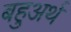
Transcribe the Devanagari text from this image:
बहुअर्थ